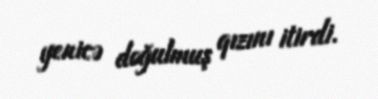
yenicə doğulmuş qızını itirdi.